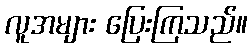
လူအများ ပြေးကြသည်။